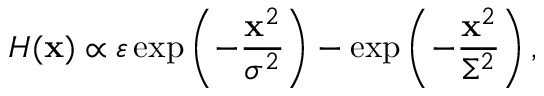
H ( \mathbf { x } ) \propto \varepsilon \exp \left( - \frac { \mathbf { x } ^ { 2 } } { \sigma ^ { 2 } } \right) - \exp \left( - \frac { \mathbf { x } ^ { 2 } } { \Sigma ^ { 2 } } \right) ,